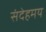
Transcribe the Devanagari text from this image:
संदेहमय